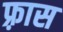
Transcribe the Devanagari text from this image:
फ़्रास